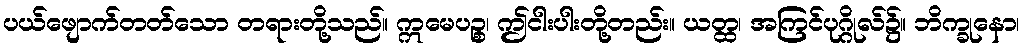
ပယ်ဖျောက်တတ်သော တရားတို့သည်။ ဣမေပဉ္စ၊ ဤငါးပါးတို့တည်း။ ယတ္ထ၊ အကြင်ပုဂ္ဂိုလ်၌။ ဘိက္ခုနော၊